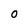
Character: 0